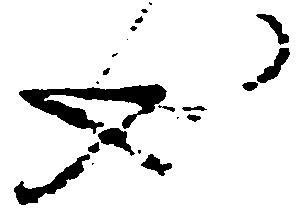
也